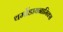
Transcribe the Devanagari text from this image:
थर्मोडायनामिक्‍स